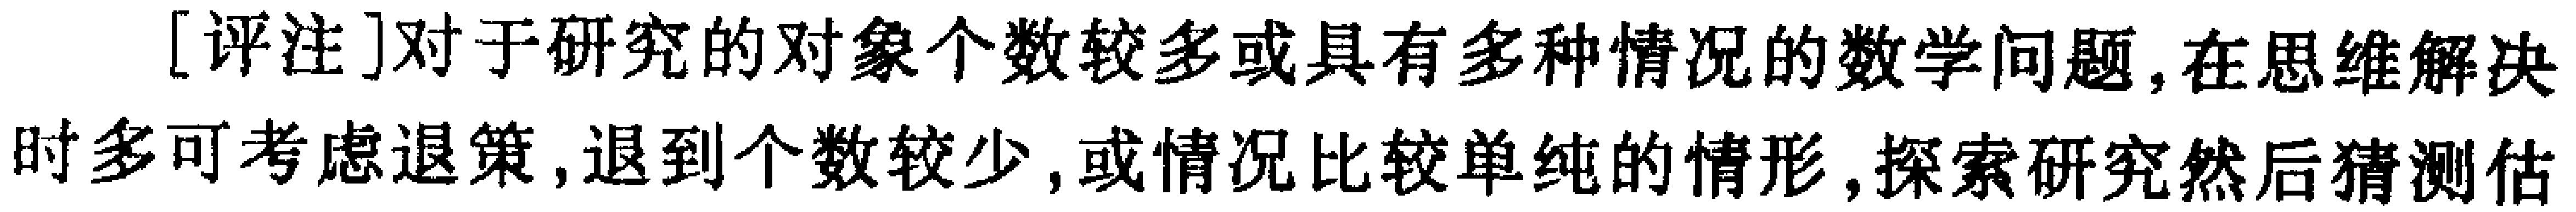
[评注]对于研究的对象个数较多或具有多种情况的数学问题,在思维解决时多可考虑退策,退到个数较少,或情况比较单纯的情形,探索研究然后猜测估